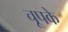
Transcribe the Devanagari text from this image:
चूपके